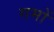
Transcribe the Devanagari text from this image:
गमों